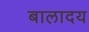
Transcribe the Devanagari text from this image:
बालादय